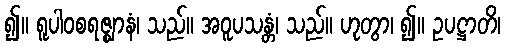
၍။ ရူပါဝစရဇ္ဈာနံ၊ သည်။ အဝူပသန္တံ၊ သည်။ ဟုတွာ၊ ၍။ ဥပဋ္ဌာတိ၊